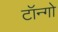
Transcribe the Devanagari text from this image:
टॉन्गो